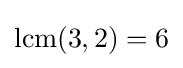
{\text{lcm}}(3,2)=6